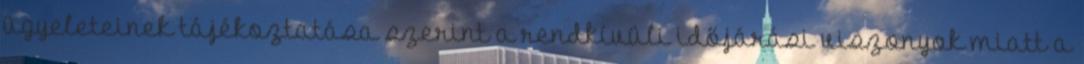
ügyeleteinek tájékoztatása szerint a rendkívüli időjárási viszonyok miatt a